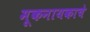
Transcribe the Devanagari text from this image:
मूकनायकाचे